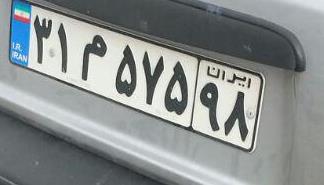
۳۱م۵۷۵۹۸